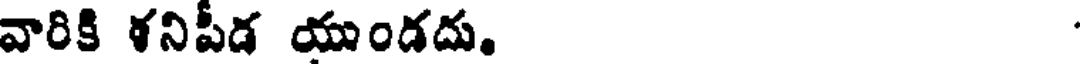
వారికి ళనిపీడ యండదు.